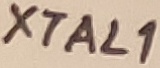
Text: XTAL1